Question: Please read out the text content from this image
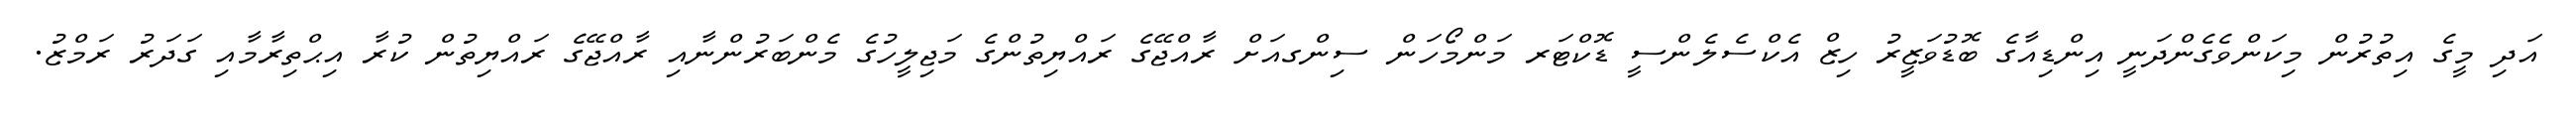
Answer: އަދި މީގެ އިތުރުން މިކަންވެގެންދަނީ އިންޑިއާގެ ބޮޑުވަޒީރު ހިޒް އެކްސެލެންސީ ޑޮކްޓަރ މަންމޯހަން ސިންގއަށް ރާއްޖޭގެ ރައްޔިތުންގެ މަޖިލީހުގެ މެންބަރުންނާއި ރާއްޖޭގެ ރައްޔިތުން ކުރާ އިޙްތިރާމާއި ގަދަރު ރަމްޒު.